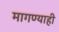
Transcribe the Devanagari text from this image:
मागण्याही